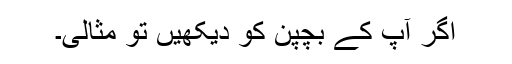
اگر آپؐ کے بچپن کو دیکھیں تو مثالی۔